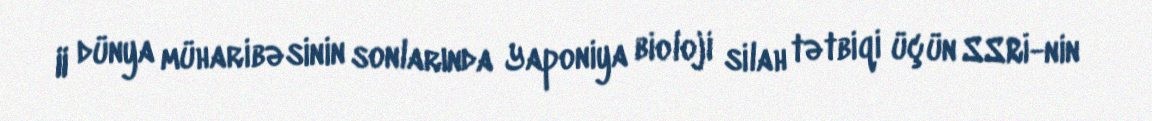
II dünya müharibəsinin sonlarında Yaponiya bioloji silah tətbiqi üçün SSRİ-nin